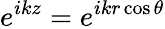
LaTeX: e^{ikz}=e^{ikr\cos\theta}